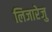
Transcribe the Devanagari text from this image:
लिजारेजु